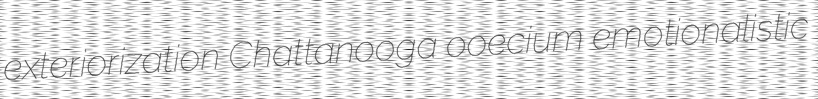
exteriorization Chattanooga ooecium emotionalistic